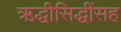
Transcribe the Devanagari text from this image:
ऋद्धीसिद्धींसह